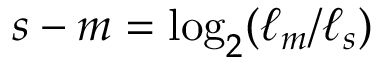
s - m = \log _ { 2 } ( \ell _ { m } / \ell _ { s } )